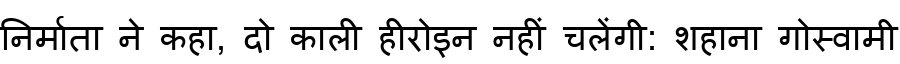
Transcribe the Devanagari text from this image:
निर्माता ने कहा, दो काली हीरोइन नहीं चलेंगी: शहाना गोस्वामी